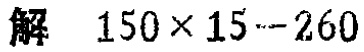
解 \(150\times 15 - 260\)